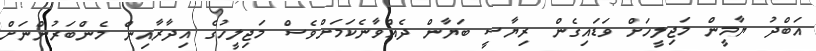
އަބްދު ޔާމީން މަޖިލީހަށް ވަޑައިގެން ރިޔާސީ ބަޔާން ދެއްވާނެކަމަށްވެސް މަޖިލީހުގެ އިދާރާއިން މެންބަރުންނަށް